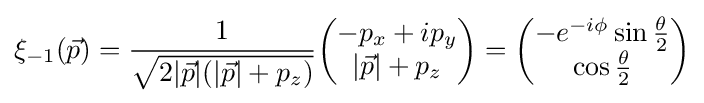
\xi _{-1}({\vec {p}})={\frac {1}{\sqrt {2|{\vec {p}}|(|{\vec {p}}|+p_{z})}}}{\begin{pmatrix}-p_{x}+ip_{y}\\\left|{\vec {p}}\right|+p_{z}\end{pmatrix}}={\begin{pmatrix}-e^{-i\phi }\sin {\frac {\theta }{2}}\\\cos {\frac {\theta }{2}}\end{pmatrix}}